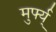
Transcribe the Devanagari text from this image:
मुर्फ्य्